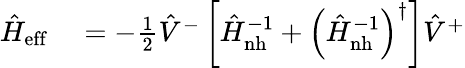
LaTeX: \begin{array}{rl}{\hat{H}_{\mathrm{eff}}}&{{}=-\frac{1}{2}\hat{V}^{-}\left[\hat{H}_{\mathrm{nh}}^{-1}+\left(\hat{H}_{\mathrm{nh}}^{-1}\right)^{\dagger}\right]\hat{V}^{+}}\end{array}